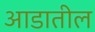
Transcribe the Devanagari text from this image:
आडातील